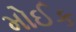
મોઈક